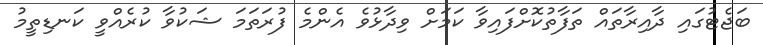
ބަޖެޓުގައި ދާއިރާތައް ތަފާތުކޮށްފައިވާ ކަމަށް ވިދާޅުވެ އެންމެ ފުރަތަމަ ޝަކުވާ ކުރެއްވީ ކަނޑިތީމު